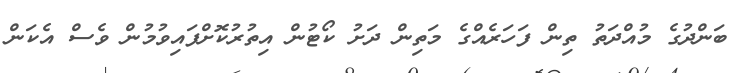
ބަންދުގެ މުއްދަތު ތިން ފަހަރެއްގެ މަތިން ދަށު ކޯޓުން އިތުރުކޮށްފައިވުމުން ވެސް އެކަން